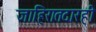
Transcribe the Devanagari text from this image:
जाहिरातदारही